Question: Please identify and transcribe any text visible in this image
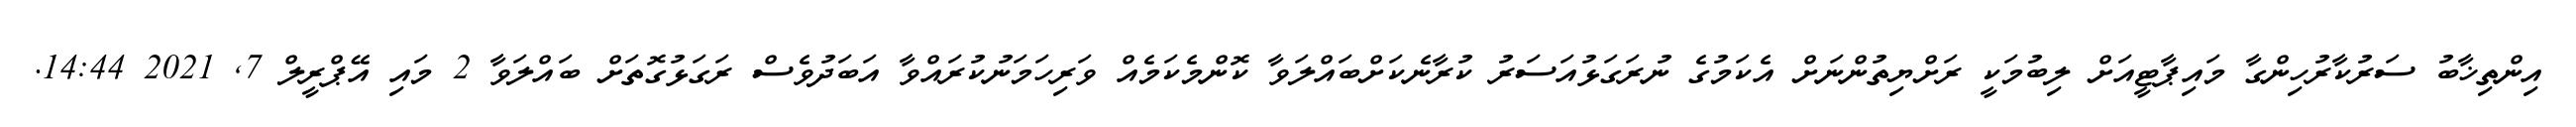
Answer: އިންތިޚާބު ސަރުކާރުހިންގާ މައިޕާޓީއަށް ލިބުމަކީ ރަށްޔިތުންނަށް އެކަމުގެ ނުރަގަޅުއަސަރު ކުރާނެކަށްބައްލަވާ ކޮންމެކަމެއް ވަރިހަމަނުކުރައްވާ އަބަދުވެސް ރަގަޅުގޮތަށް ބައްލަވާ 2 މައި އޭޕްރީލް 7, 2021 14:44.